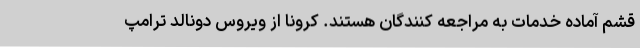
قشم آماده خدمات به مراجعه کنندگان هستند. کرونا از ویروس دونالد ترامپ